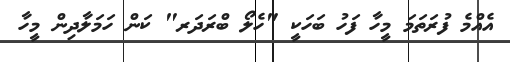
އެއްމެ ފުރަތަމަ މީހާ ފަހު ބަހަކީ "ހެލޯ ބްރަދަރ" ކަން ހަމަލާދިން މީހާ